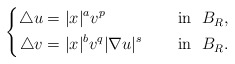
\begin{align*}\left\{\begin{aligned}\triangle u&=|x|^av^p &&\quad\mbox{ in }\ B_{R}, \\\triangle v&=|x|^{b}v^q|\nabla u|^{s} &&\quad\mbox{ in }\ B_{R}.\end{aligned}\right.\end{align*}